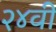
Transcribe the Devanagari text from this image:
२४वी